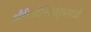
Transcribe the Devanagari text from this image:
अँटीऑक्सिडंट्समध्ये